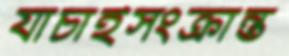
যাচাইসংক্রান্ত